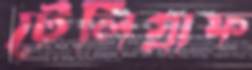
টেলিগ্রাফ